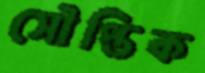
সৌপ্তিক